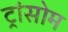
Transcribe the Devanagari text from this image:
ट्रांसोम